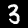
Digit: 3